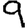
Digit: 9